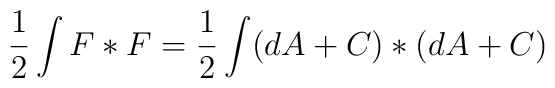
{1\over 2} \int F* F= {1\over 2} \int (dA + C) * (dA + C)